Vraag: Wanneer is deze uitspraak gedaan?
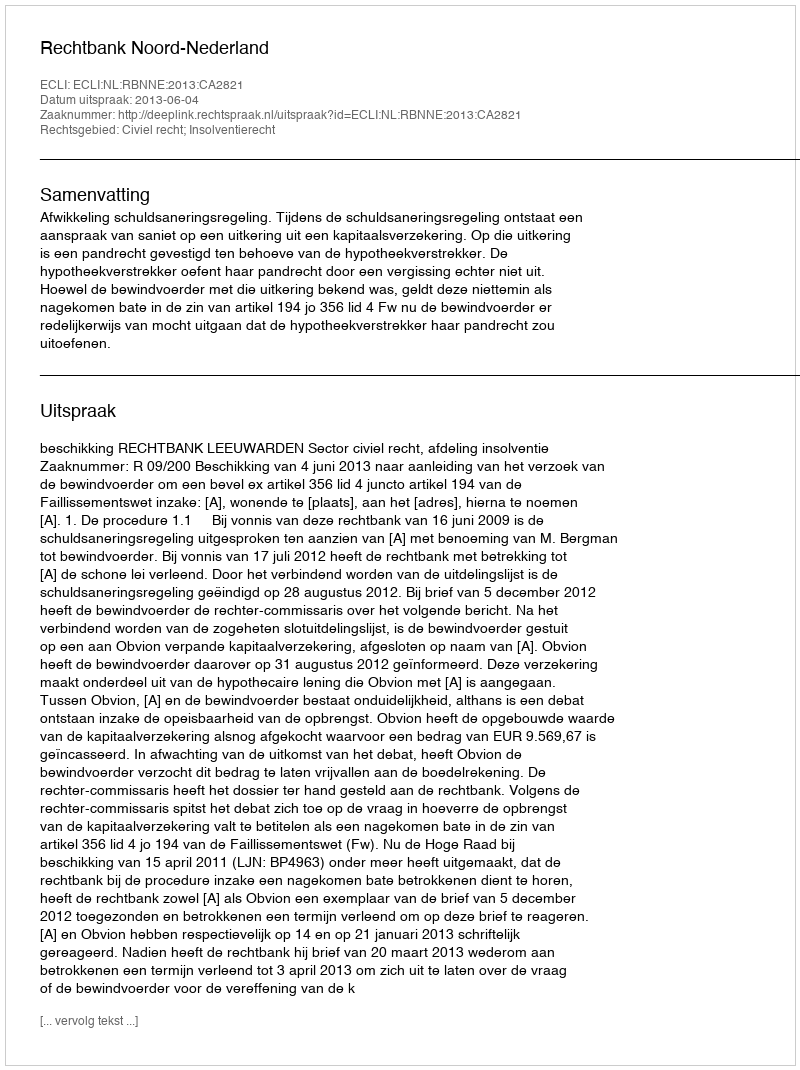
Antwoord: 2013-06-04